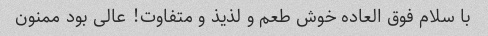
با سلام فوق العاده خوش طعم و لذیذ و متفاوت! عالی بود ممنون